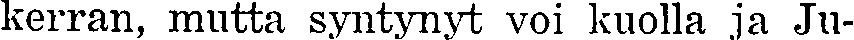
kerran, mutta syntynyt voi kuolla ja Ju-